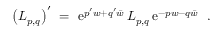
\left( { \cal L } _ { p , q } \right) ^ { \prime } \ = \ \mathrm { e } ^ { p ^ { \prime } w + q ^ { \prime } \bar { w } } \, { \cal L } _ { p , q } \, \mathrm { e } ^ { - p w - q \bar { w } } \ \ .